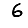
Digit: 6